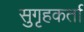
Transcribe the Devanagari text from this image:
सुगृहकर्ता